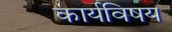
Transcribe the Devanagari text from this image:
कार्यविषय